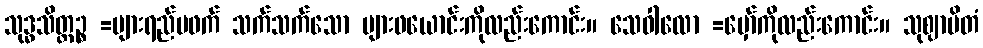
သုဒ္ဓသိတ္ထဉ္စ =ပျားရည်မဖက် သက်သက်သော ပျားဖယောင်းကိုလည်းကောင်း။ သေဝါလော =မှော်ကိုလည်းကောင်း။ သုဈာပိတံ